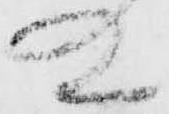
殿